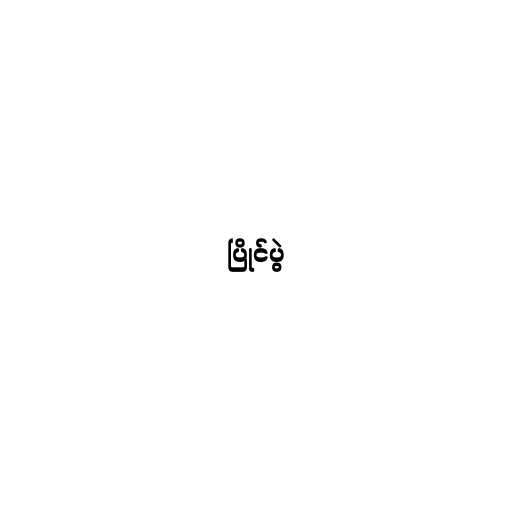
ပြိုင်ပွဲ